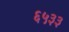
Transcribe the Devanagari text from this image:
६५३३